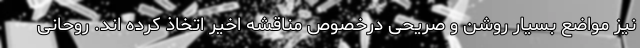
نیز مواضع بسیار روشن و صریحی درخصوص مناقشه اخیر اتخاذ کرده اند. روحانی